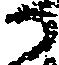
か